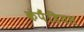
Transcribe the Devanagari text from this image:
कंपैंडियस